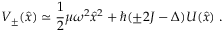
V _ { \pm } ( \hat { x } ) \simeq \frac 1 2 \mu \omega ^ { 2 } \hat { x } ^ { 2 } + \hbar ( \pm 2 J - \Delta ) U ( \hat { x } ) \; .